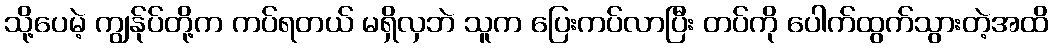
သို့ပေမဲ့ ကျွန်ုပ်တို့က ကပ်ရတယ် မရှိလှဘဲ သူက ပြေးကပ်လာပြီး တပ်ကို ပေါက်ထွက်သွားတဲ့အထိ